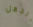
الجهل